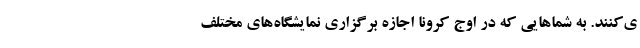
ی‌کنند. به شماهایی که در اوج کرونا اجازه برگزاری نمایشگاه‌های مختلف